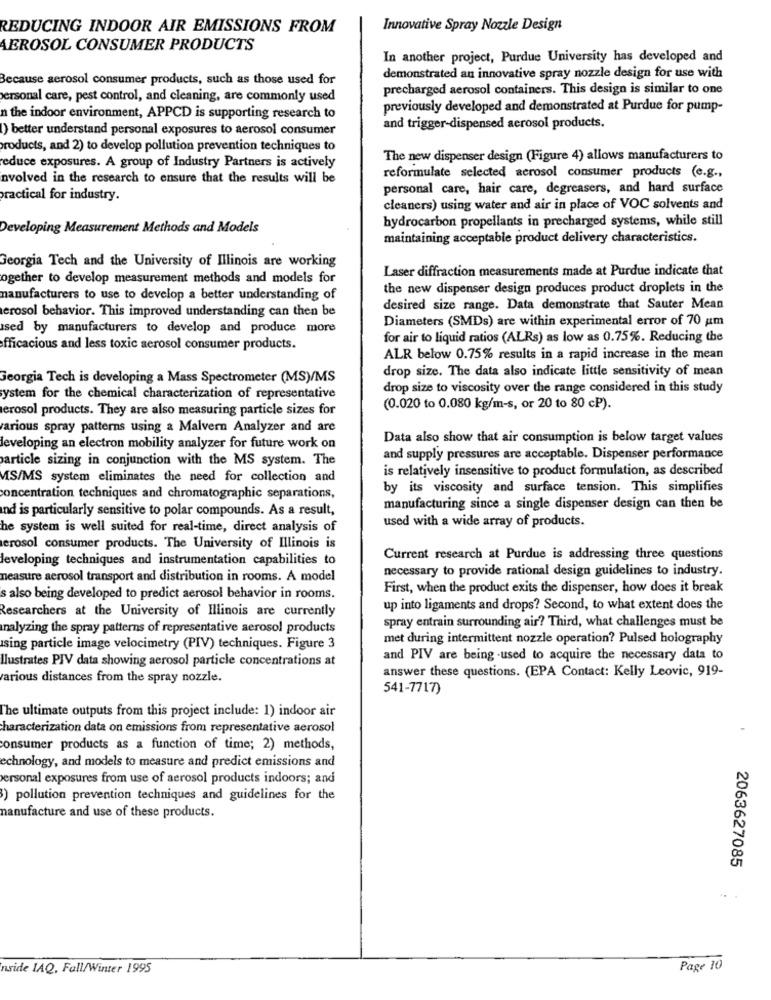
REDUCING INDOOR AIR EMISSIONS FROM
Innovative Spray Nozzle Design
AEROSOL CONSUMER PRODUCTS
In another project, Purdue University has developed and
Because aerosol consumer products, such as those used for
demonstrated an innovative spray nozzle design for use with
precharged aerosol containers. This design is similar to one
personal care, pest control, and cleaning, are commonly used
previously developed and demonstrated at Purdue for pump-
n the indoor environment, APPCD is supporting research to
1) better understand personal exposures to aerosol consumer
and trigger-dispensed aerosol products.
products, and 2) to develop pollution prevention techniques to
reduce exposures. A group of Industry Partners is actively
The new dispenser design (Figure 4) allows manufacturers to
nvolved in the research to ensure that the results will be
reformulate selected aerosol consumer products (e.g .,
personal care, hair care, degreasers, and hard surface
practical for industry.
cleaners) using water and air in place of VOC solvents and
hydrocarbon propellants in precharged systems, while still
Developing Measurement Methods and Models
maintaining acceptable product delivery characteristics.
Georgia Tech and the University of Illinois are working
Laser diffraction measurements made at Purdue indicate that
ogether to develop measurement methods and models for
the new dispenser design produces product droplets in the
manufacturers to use to develop a better understanding of
erosol behavior. This improved understanding can then be
desired size range. Data demonstrate that Sauter Mean
Diameters (SMDs) are within experimental error of 70 am
Ised by manufacturers to develop and produce more
for air to liquid ratios (ALRs) as low as 0.75%. Reducing the
fficacious and less toxic aerosol consumer products.
ALR below 0.75% results in a rapid increase in the mean
drop size. The data also indicate little sensitivity of mean
Georgia Tech is developing a Mass Spectrometer (MS)/MS
drop size to viscosity over the range considered in this study
ystem for the chemical characterization of representative
erosol products. They are also measuring particle sizes for
(0.020 to 0.080 kg/m-s, or 20 to 80 cP).
various spray patterns using a Malvern Analyzer and are
Data also show that air consumption is below target values
developing an electron mobility analyzer for future work on
particle sizing in conjunction with the MS system. The
and supply pressures are acceptable. Dispenser performance
is relatively insensitive to product formulation, as described
MS/MS system eliminates the need for collection and
by its viscosity and surface tension. This simplifies
concentration techniques and chromatographic separations,
nd is particularly sensitive to polar compounds. As a result,
manufacturing since a single dispenser design can then be
used with a wide array of products.
he system is well suited for real-time, direct analysis of
erosol consumer products. The University of Illinois is
developing techniques and instrumentation capabilities to
Current research at Purdue is addressing three questions
necessary to provide rational design guidelines to industry.
measure aerosol transport and distribution in rooms. A model
First, when the product exits the dispenser, how does it break
s also being developed to predict aerosol behavior in rooms.
Researchers at the University of Illinois are currently
up into ligaments and drops? Second, to what extent does the
spray entrain surrounding air? Third, what challenges must be
analyzing the spray patterns of representative aerosol products
met during intermittent nozzle operation? Pulsed holography
sing particle image velocimetry (PIV) techniques. Figure 3
llustrates PIV data showing aerosol particle concentrations at
and PIV are being used to acquire the necessary data to
answer these questions. (EPA Contact: Kelly Leovic, 919-
various distances from the spray nozzle.
541-7717)
The ultimate outputs from this project include: 1) indoor air
characterization data on emissions from representative aerosol
consumer products as a function of time; 2) methods,
echnology, and models to measure and predict emissions and
ersonal exposures from use of aerosol products indoors; and
) pollution prevention techniques and guidelines for the
manufacture and use of these products.
2063627085
nside IAQ, Fall/Winter 1995
Page 10